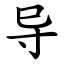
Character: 导